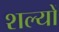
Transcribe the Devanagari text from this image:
शल्यों